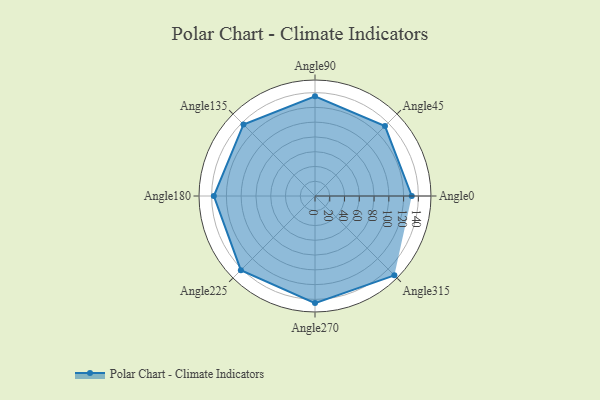
{"axis": {"x": "Angle", "y": "Radius"}, "legend": [""], "data": [{"x": "Angle0", "y": 131.0, "type": ""}, {"x": "Angle45", "y": 134.0, "type": ""}, {"x": "Angle90", "y": 135.0, "type": ""}, {"x": "Angle135", "y": 137.0, "type": ""}, {"x": "Angle180", "y": 137.0, "type": ""}, {"x": "Angle225", "y": 142.0, "type": ""}, {"x": "Angle270", "y": 145.0, "type": ""}, {"x": "Angle315", "y": 152.0, "type": ""}]}